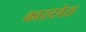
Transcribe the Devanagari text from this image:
कास्टवेस